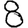
Digit: 8